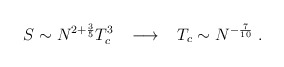
\begin{align*}S \sim N^{2 + \frac{3}{5}} T_c^3 \; \; \; \longrightarrow \; \; \;T_c \sim N^{- \frac{7}{10}} \; .\end{align*}